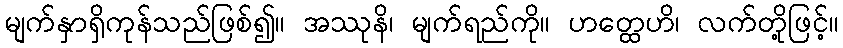
မျက်နှာရှိကုန်သည်ဖြစ်၍။ အဿုနိ၊ မျက်ရည်ကို။ ဟတ္ထေဟိ၊ လက်တို့ဖြင့်။